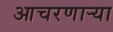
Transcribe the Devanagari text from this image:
आचरणार्‍या